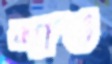
শাঙ